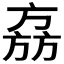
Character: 𬀉